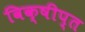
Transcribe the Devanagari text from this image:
विक्षीप्त